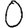
Digit: 0